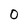
Character: O